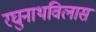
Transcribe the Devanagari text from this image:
रघुनाथविलास